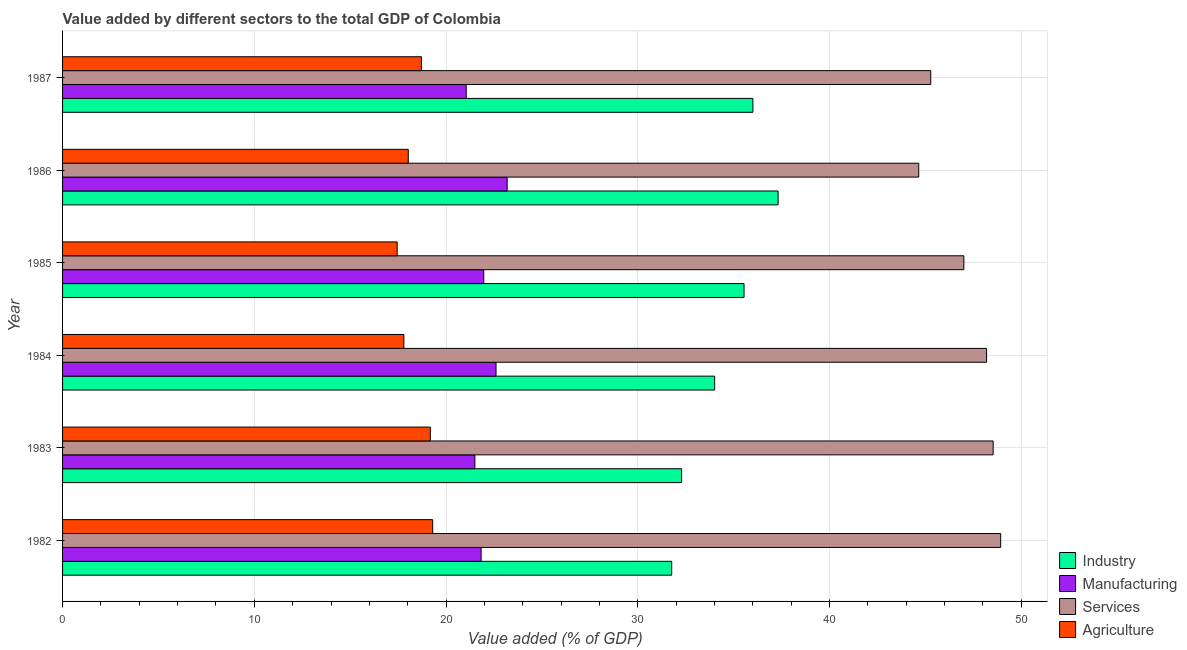
| Year | Industry | Manufacturing | Services | Agriculture |
 | --- | --- | --- | --- | --- |
 | 1982 | 31.8 | 21.8 | 48.9 | 19.3 |
 | 1983 | 32.3 | 21.5 | 48.5 | 19.2 |
 | 1984 | 34 | 22.6 | 48.2 | 17.8 |
 | 1985 | 35.5 | 22 | 47 | 17.5 |
 | 1986 | 37.3 | 23.2 | 44.7 | 18 |
 | 1987 | 36 | 21.1 | 45.3 | 18.7 |